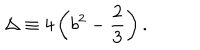
\Delta \equiv 4 \left( b ^ { 2 } - \frac { 2 } { 3 } \right) .